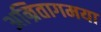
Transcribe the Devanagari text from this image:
अम्रितागमया